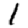
Digit: 1